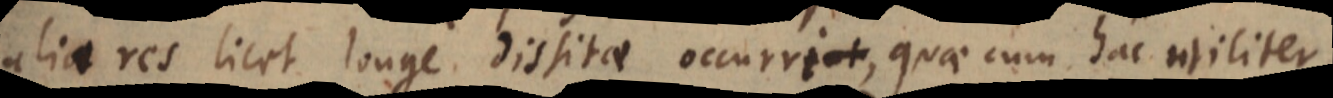
alia res licet longe dissitae occurrit, quae cum hac utiliter